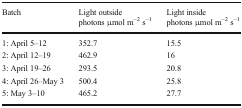
<table><thead><tr><td><b>Batch</b></td><td><b>Light outsidephotons μmol m<sup>−2</sup> s<sup>−1</sup></b></td><td><b>Light insidephotons μmol m<sup>−2</sup> s<sup>−1</sup></b></td></tr></thead><tbody><tr><td>1: April 5–12</td><td>352.7</td><td>15.5</td></tr><tr><td>2: April 12–19</td><td>462.9</td><td>16</td></tr><tr><td>3: April 19–26</td><td>293.5</td><td>20.8</td></tr><tr><td>4: April 26–May 3</td><td>500.4</td><td>25.8</td></tr><tr><td>5: May 3–10</td><td>465.2</td><td>27.7</td></tr></tbody></table>